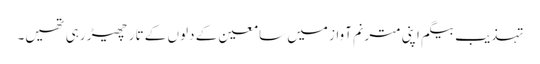
تہذیب بیگم اپنی مترنم آواز میں سامعین کے دلوں کے تار چھیڑ رہی تھیں۔